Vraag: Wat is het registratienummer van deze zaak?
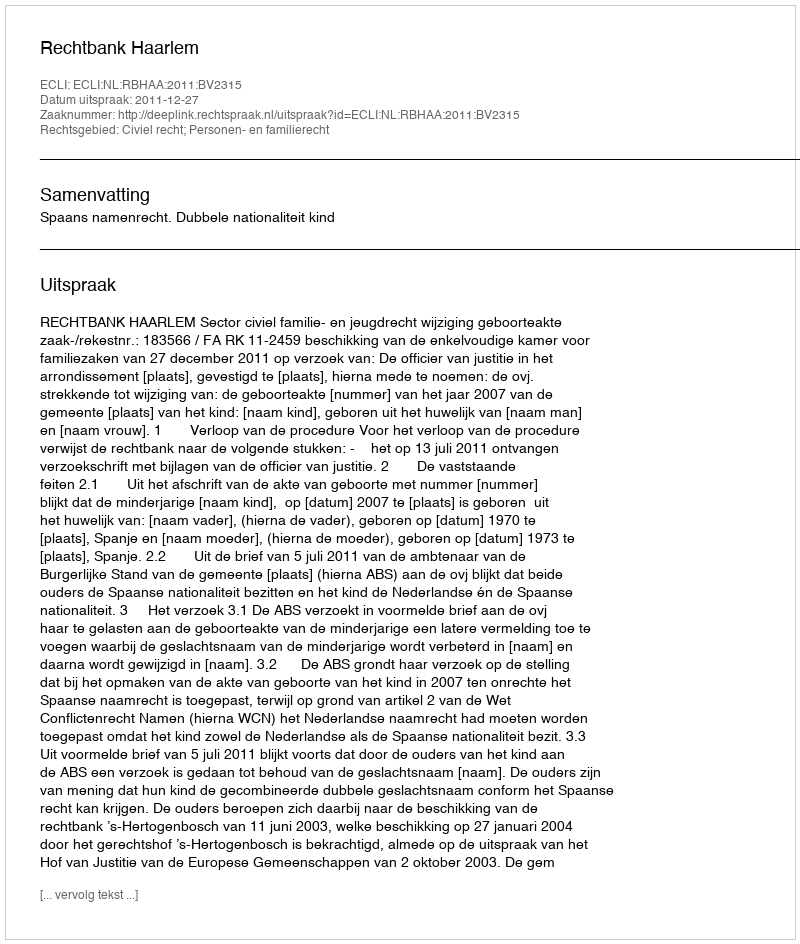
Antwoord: http://deeplink.rechtspraak.nl/uitspraak?id=ECLI:NL:RBHAA:2011:BV2315